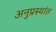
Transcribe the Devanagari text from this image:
अनुप्रस्थांत